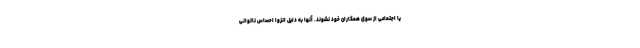
یا اجتماعی از سوی همکاران خود نشوند. آنها به دلیل انزوا احساس ناتوانی